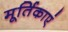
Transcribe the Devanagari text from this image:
मूर्तिकाएं